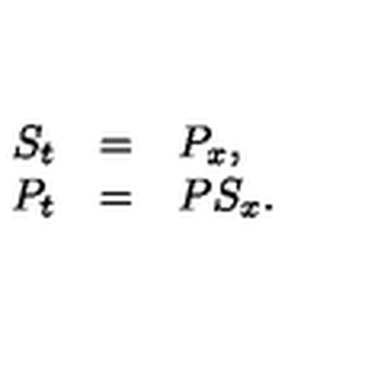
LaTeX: \begin{array} { r c l } { S _ { t } } & { = } & { P _ { x } , } \\ { P _ { t } } & { = } & { P S _ { x } . } \\ \end{array}